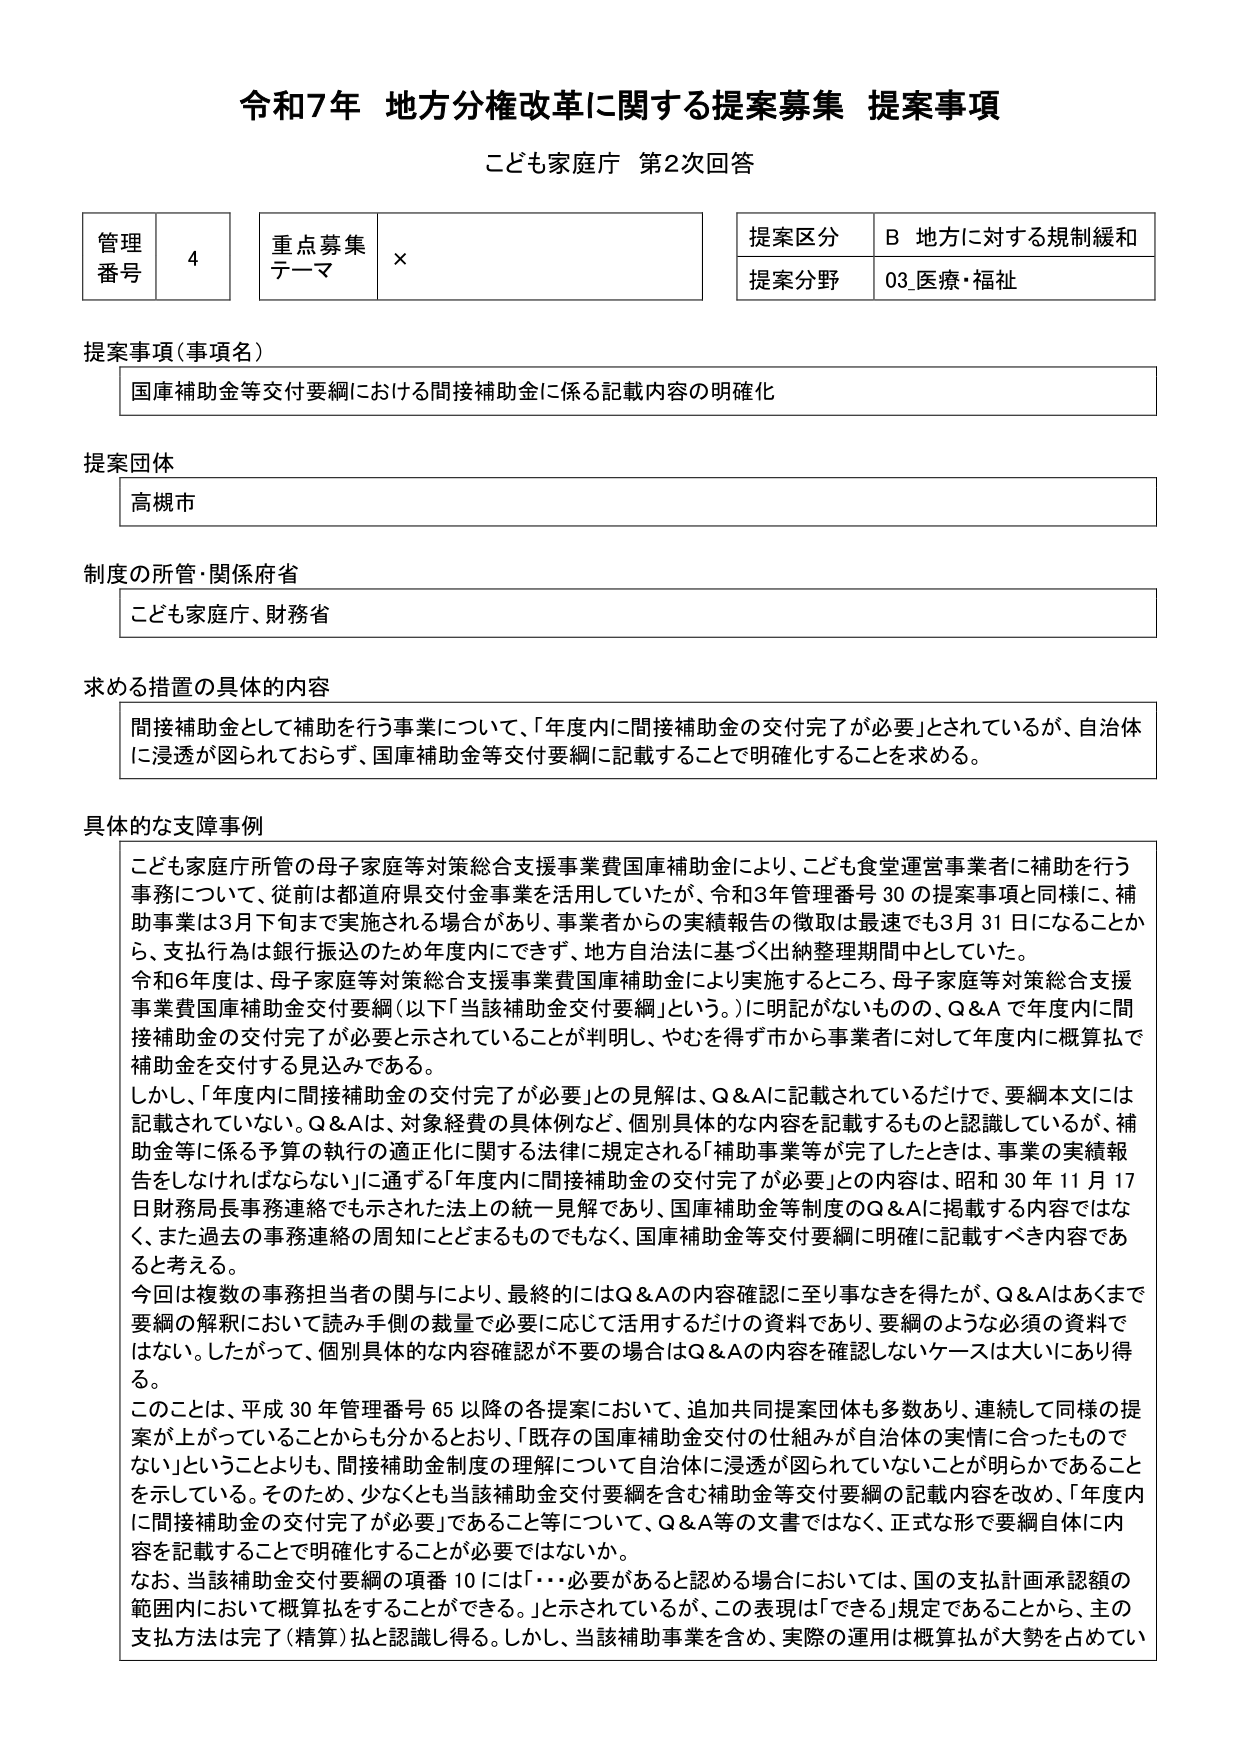
令和7年 地方分権改革に関する提案募集 提案事項
こども家庭庁 第2次回答

管理番号 4
重点募集テーマ ×
提案区分 B 地方に対する規制緩和
提案分野 03_医療・福祉

提案事項（事項名）
国庫補助金等交付要綱における間接補助金に係る記載内容の明確化

提案団体
高槻市

制度の所管・関係府省
こども家庭庁、財務省

求める措置の具体的内容
間接補助金として補助を行う事業について、「年度内に間接補助金の交付完了が必要」とされているが、自治体に浸透が図られておらず、国庫補助金等交付要綱に記載することで明確化することを求める。

具体的な支障事例
こども家庭庁所管の母子家庭等対策総合支援事業費国庫補助金により、こども食堂運営事業者に補助を行う事務について、従前は都道府県交付金事業を活用していたが、令和3年管理番号30の提案事項と同様に、補助事業は3月下旬まで実施される場合があり、事業者からの実績報告の徴収は最速でも3月31日になることから、支払行為は銀行振込のため年度内にできず、地方自治法に基づく出納整理期間中としていた。
令和6年度は、母子家庭等対策総合支援事業費国庫補助金により実施するところ、母子家庭等対策総合支援事業費国庫補助金交付要綱（以下「当該補助金交付要綱」という。）に明記がないものの、Q&Aで年度内に間接補助金の交付完了が必要と示されていることが判明し、やむを得ず市から事業者に対して年度内に概算払で補助金を交付する見込みである。
しかし、「年度内に間接補助金の交付完了が必要」との見解は、Q&Aに記載されているだけで、要綱本文には記載されていない。Q&Aは、対象経費の具体例など、個別具体的な内容を記載するものと認識しているが、補助金等に係る予算の執行の適正化に関する法律に規定される「補助事業等が完了したときは、事業の実績報告をしなければならない」に通ずる「年度内に間接補助金の交付完了が必要」との内容は、昭和30年11月17日財務局長事務連絡でも示された法上の統一見解であり、国庫補助金等制度のQ&Aに掲載する内容ではなく、また過去の事務連絡の周知にとどまるものでもなく、国庫補助金等交付要綱に明確に記載すべき内容であると考える。
今回は複数の事務担当者の関与により、最終的にはQ&Aの内容確認に至り事なきを得たが、Q&Aはあくまで要綱の解釈において読み手側の裁量で必要に応じて活用するだけの資料であり、要綱のような必須の資料ではない。したがって、個別具体的な内容確認が不要の場合はQ&Aの内容を確認しないケースは大いにあり得る。
このことは、平成30年管理番号65以降の各提案において、追加共同提案団体も多数あり、連続して同様の提案が上がっていることからも分かるとおり、「既存の国庫補助金交付の仕組みが自治体の実情に合ったものでない」ということよりも、間接補助金制度の理解について自治体に浸透が図られていないことが明らかであることを示している。そのため、少なくとも当該補助金交付要綱を含む補助金等交付要綱の記載内容を改め、「年度内に間接補助金の交付完了が必要」であること等について、Q&A等の文書ではなく、正式な形で要綱自体に内容を記載することで明確化することが必要ではないか。
なお、当該補助金交付要綱の項番10には「…必要があると認める場合においては、国の支払計画承認額の範囲内において概算払をすることができる。」と示されているが、この表現は「できる」規定であることから、主の支払方法は完了（精算）払と認識し得る。しかし、当該補助事業を含め、実際の運用は概算払が大勢を占めてい